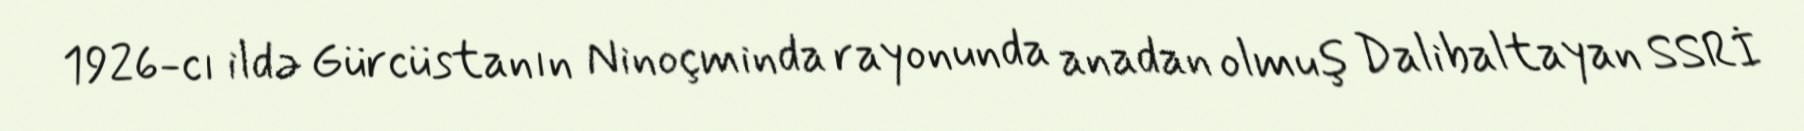
1926-cı ildə Gürcüstanın Ninoçminda rayonunda anadan olmuş Dalibaltayan SSRİ